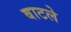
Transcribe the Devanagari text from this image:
बाटले